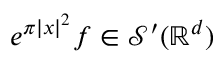
e ^ { \pi | x | ^ { 2 } } f \in { \mathcal { S } } ^ { \prime } ( \mathbb { R } ^ { d } )